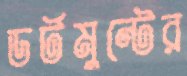
ডর্টমুন্টের